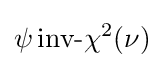
\psi \,{\mbox{inv-}}\chi ^{2}(\nu )